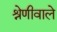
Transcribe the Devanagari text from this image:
श्रेणीवाले